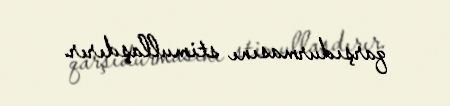
qarşıdurmasını stimullaşdırır.